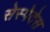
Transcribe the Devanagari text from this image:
सेस्पेदेस